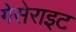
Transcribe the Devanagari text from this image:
गेसेराइट